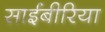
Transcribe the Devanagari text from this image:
साईबीरिया